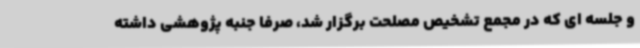
و جلسه ای که در مجمع تشخیص مصلحت برگزار شد، صرفاً جنبه پژوهشی داشته